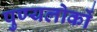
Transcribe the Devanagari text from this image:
पुण्यलोकों